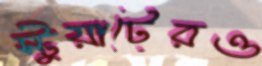
স্টুয়ার্টেরও